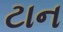
ટાન